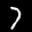
Label: 7